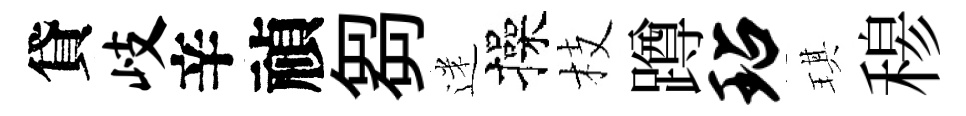
貸岐辛禎芻迷操枝蹲玷琪𥠇